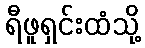
ရီဖူရှင်းထံသို့